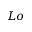
L o